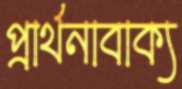
প্রার্থনাবাক্য